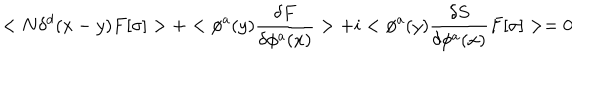
LaTeX: < N \delta ^ { d } ( x - y ) F [ \sigma ] > + < \phi ^ { a } ( y ) { \frac { \delta F } { \delta \phi ^ { a } ( x ) } } > + i < \phi ^ { a } ( y ) { \frac { \delta S } { \delta \phi ^ { a } ( x ) } } F [ \sigma ] > = 0